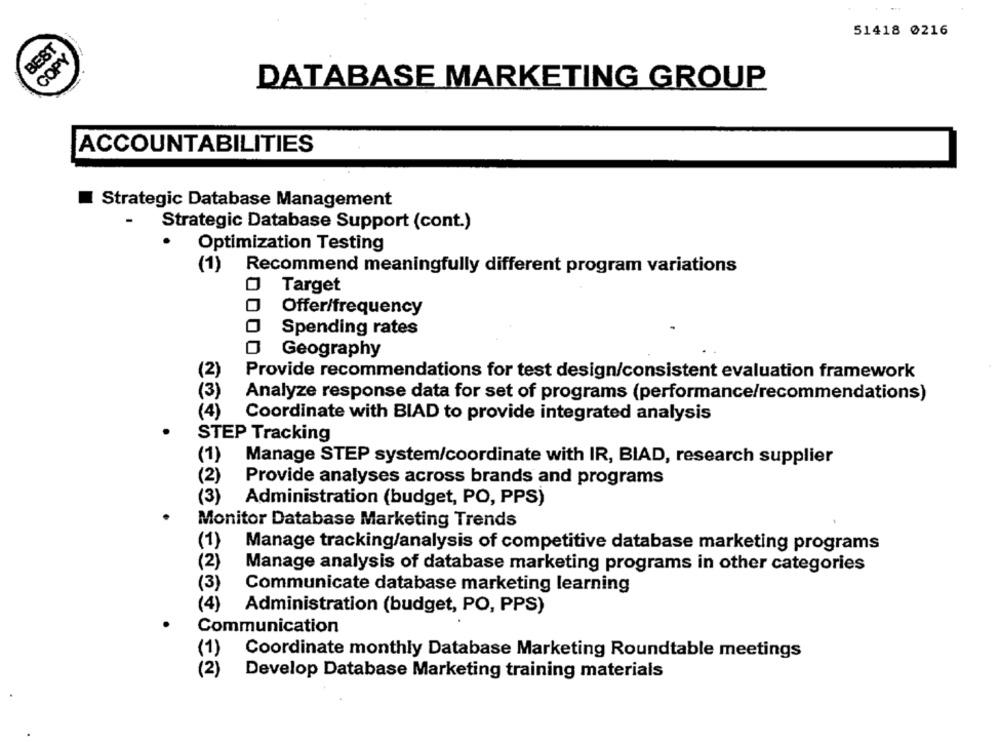
51418 0216
BEST
COPY
DATABASE MARKETING GROUP
ACCOUNTABILITIES
Strategic Database Management
Strategic Database Support (cont.)
Optimization Testing
(1) Recommend meaningfully different program variations
Target
Offer/frequency
Spending rates
Geography
(2)
Provide recommendations for test design/consistent evaluation framework
(3)
Analyze response data for set of programs (performance/recommendations)
(4)
Coordinate with BIAD to provide integrated analysis
STEP Tracking
(1)
Manage STEP system/coordinate with IR, BIAD, research supplier
(2)
Provide analyses across brands and programs
(3)
Administration (budget, PO, PPS)
Monitor Database Marketing Trends
(1)
Manage tracking/analysis of competitive database marketing programs
(2)
Manage analysis of database marketing programs in other categories
(3)
Communicate database marketing learning
(4)
Administration (budget, PO, PPS)
Communication
(1)
Coordinate monthly Database Marketing Roundtable meetings
(2)
Develop Database Marketing training materials